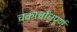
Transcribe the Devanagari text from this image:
चकाचौंधपूर्ण